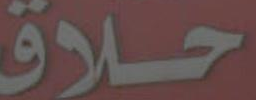
حلاق